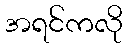
အရင်ကလို